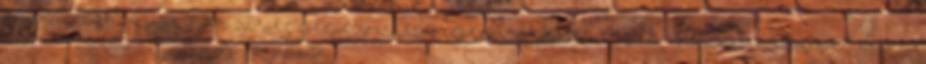
KERÜLETI MÓRA FERENC ÁLTALÁNOS ISKOLA SZERVEZETI ÉS MŰKÖDÉSI SZABÁLYZATA